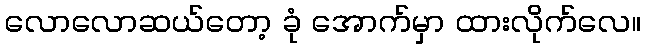
လောလောဆယ်တော့ ခုံ အောက်မှာ ထားလိုက်လေ။